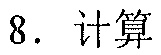
8. 计算